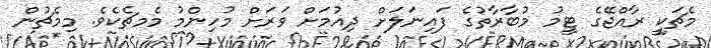
މެޗަކީ ރާއްޖޭގެ ޓީމު މުބާރާތުގެ ފައިނަލަށް ދިއުމަށް ވަރަށް މުހިންމު މެމޗެކެވެ. މިމެޗުން